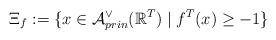
LaTeX: \begin{align*}\Xi_f:=\{x\in \mathcal A^\vee_{prin}(\mathbb R^T)\mid f^T(x)\ge -1\}\end{align*}